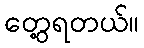
တွေ့ရတယ်။